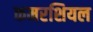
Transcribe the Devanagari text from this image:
कमरशियल